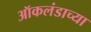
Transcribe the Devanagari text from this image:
ऑकलंडाच्या